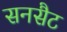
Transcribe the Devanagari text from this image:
सनसैट